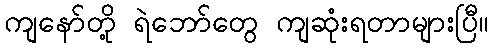
ကျနော်တို့ ရဲဘော်တွေ ကျဆုံးရတာများပြီ။